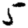
Digit: 5